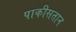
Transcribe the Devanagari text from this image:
पाकीसतान